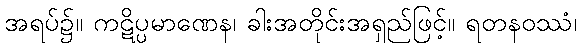
အရပ်၌။ ကဋိပ္ပမာဏေန၊ ခါးအတိုင်းအရှည်ဖြင့်။ ရတနဝဿံ၊